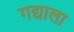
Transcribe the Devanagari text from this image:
गद्याला